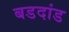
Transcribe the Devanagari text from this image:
बडदांड